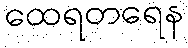
ထေရတရေန